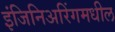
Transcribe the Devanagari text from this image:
इंजिनिअरिंगमधील